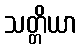
သတ္တိယာ